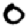
Digit: 0